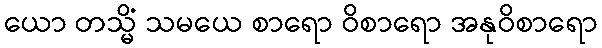
ယော တသ္မိံ သမယေ စာရော ဝိစာရော အနုဝိစာရော